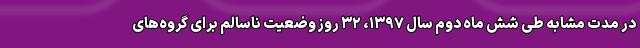
در مدت مشابه طی شش ماه دوم سال ۱۳۹۷، ۳۲ روز وضعیت ناسالم برای گروه‌های